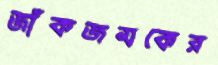
জাঁকজমকের